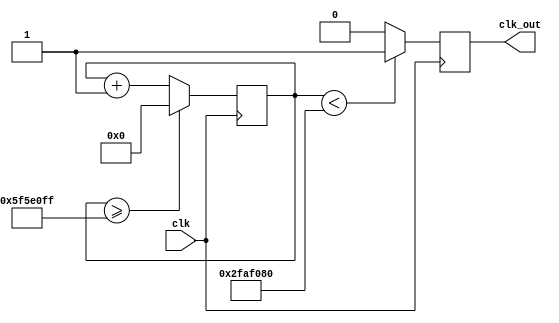
`timescale 1ns / 1ps

module clock_divider(
    input clk,
    output reg clk_out
    );

reg[31: 0] counter = 32'd0;
parameter DIVIDER = 32'd100000000;

always @(posedge clk)
begin
    counter <= counter + 32'd1;
    if(counter >= (DIVIDER - 1))
        counter <= 32'd0;
    clk_out <= (counter < (DIVIDER / 2))?1'b1:1'b0;      
end     
    
endmodule